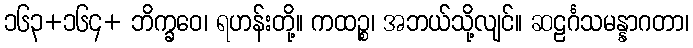
၁၆၃+၁၆၄+ ဘိက္ခဝေ၊ ရဟန်းတို့။ ကထဉ္စ၊ အဘယ်သို့လျင်။ ဆဠင်္ဂသမန္နာဂတာ၊